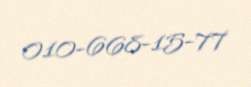
010-668-15-77